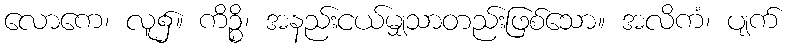
လောကေ၊ လူ၌။ ကိဉ္စိ၊ အနည်းငယ်မျှသာတည်းဖြစ်သော။ အလိကံ၊ ပျက်